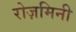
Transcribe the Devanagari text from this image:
रोज़मिनी